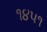
૧૪૫૧